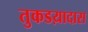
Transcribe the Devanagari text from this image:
तुकडय़ादास